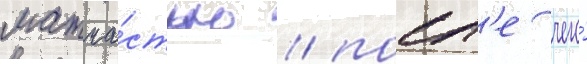
матча́стью / посл'е чего́